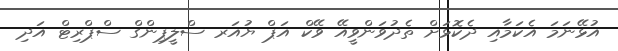
އުޅޭނަމަ އެކަމާއި ދެކޮޅަށް ތެދުވަންވީއޭ ވޭކް އަޕް ޔުއަރ ސްލީޕިންގް ސްޕްރިޓް އަދި